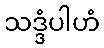
သဒ္ဒံပါဟံ